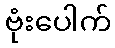
ဗုံးပေါက်